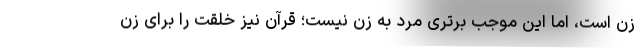
زن است، اما این موجب برتری مرد به زن نیست؛ قرآن نیز خلقت را برای زن